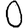
Digit: 0